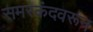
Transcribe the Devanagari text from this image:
समरकंदवरून